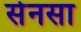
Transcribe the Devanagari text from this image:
सेनसा